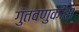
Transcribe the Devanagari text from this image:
गुंतवणुकीस